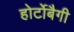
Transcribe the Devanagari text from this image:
होर्टोबैगी